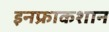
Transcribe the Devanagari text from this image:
इनफ्राकशान